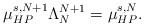
LaTeX: \begin{align*}\mu^{s,N+1}_{HP}\Lambda_N^{N+1}=\mu^{s,N}_{HP}.\end{align*}